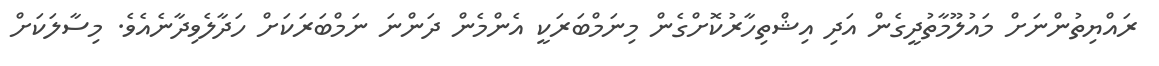
ރައްޔިތުންނަށް މައުލޫމާތުދީގެން އަދި އިޝްތިހާރުކޮށްގެން މިނަމްބަރަކީ އެންމެން ދަންނަ ނަމްބަރަކަށް ހަދާލެވިދާނެއެވެ. މިސާލަކަށް